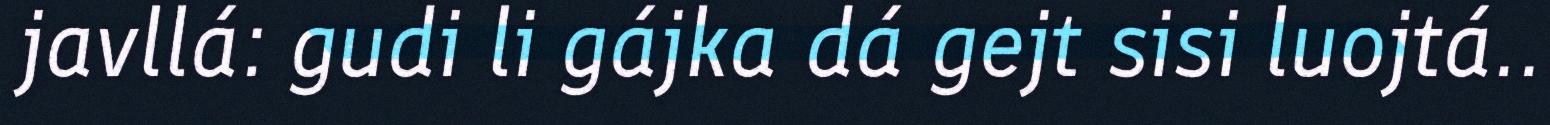
javllá: gudi li gájka dá gejt sisi luojtá..